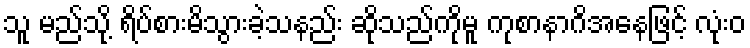
သူ မည်သို့ ရိပ်စားမိသွားခဲ့သနည်း ဆိုသည်ကိုမူ ကုစာနာဂိအနေဖြင့် လုံးဝ